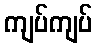
ကျပ်ကျပ်